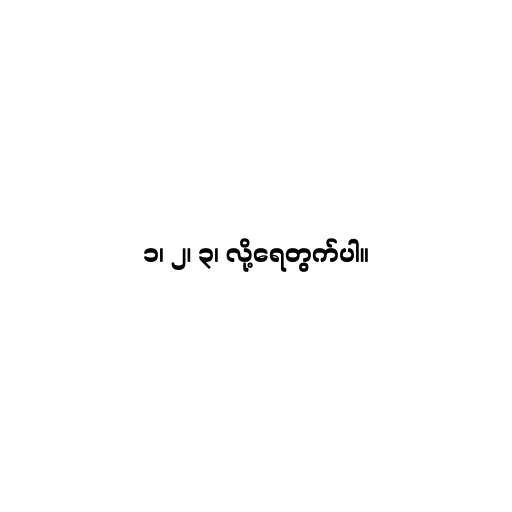
၁၊ ၂၊ ၃၊ လို့ရေတွက်ပါ။